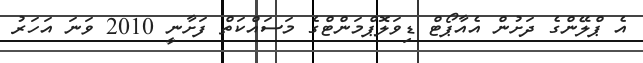
އެ ޕްލޭންގެ ދަށުން އެއާޕޯޓް ޑިވަލޮޕްމަންޓްގެ މަސައްކަތް ފަށާނީ 2010 ވަނަ އަހަރު